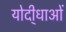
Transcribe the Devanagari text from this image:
योदी्धाओं